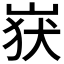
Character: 𮱬